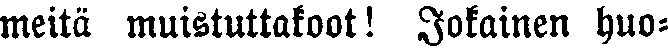
meitä muistuttakoot! Jokainen huo-